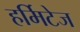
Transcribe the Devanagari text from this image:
हर्मिटेज